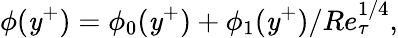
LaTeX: \phi(\mathit{y}^{+})=\phi_{0}(\mathit{y}^{+})+\phi_{1}(\mathit{y}^{+})/Re_{\tau}^{1/4},